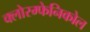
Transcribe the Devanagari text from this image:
क्लोरम्फेनिकोल